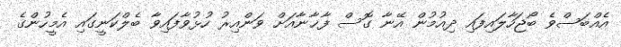
އެއްބަސްވެ ބޯޖަހާލައިފައި ދިއުމުން އޭނާ ގޮސް ފާޚާނާއަށް ވަންއިރު ހުޅުވާފައިވާ ބެލްކަނީގައި އެމީހުންގެ